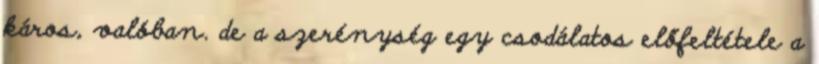
káros, valóban. de a szerénység egy csodálatos előfeltétele a